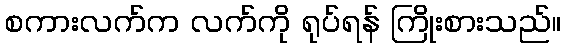
စကားလက်က လက်ကို ရုပ်ရန် ကြိုးစားသည်။